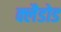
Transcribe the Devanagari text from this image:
क्लैडोड